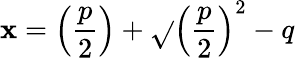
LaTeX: \mathbf{x}=\left({\frac{{p}}{{2}}}\right)+{\sqrt{}{{\left({\frac{{p}}{{2}}}\right)^{2}-q}}}